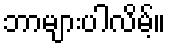
ဘာများပါလိမ့်။